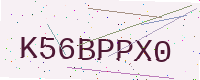
Text: K56BPPX0